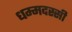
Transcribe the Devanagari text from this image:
धम्मदस्सी